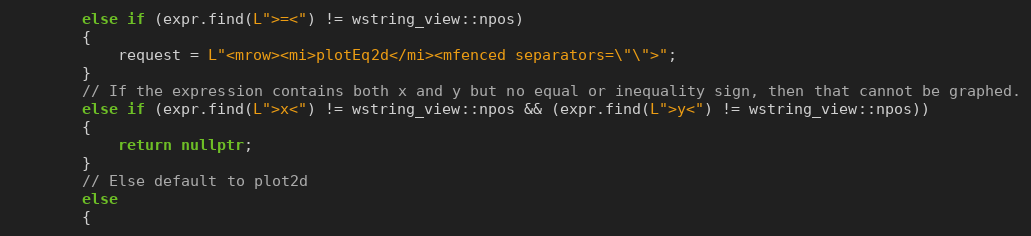
Language: C++
        else if (expr.find(L">=<") != wstring_view::npos)
        {
            request = L"<mrow><mi>plotEq2d</mi><mfenced separators=\"\">";
        }
        // If the expression contains both x and y but no equal or inequality sign, then that cannot be graphed.
        else if (expr.find(L">x<") != wstring_view::npos && (expr.find(L">y<") != wstring_view::npos))
        {
            return nullptr;
        }
        // Else default to plot2d
        else
        {